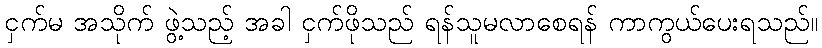
ငှက်မ အသိုက် ဖွဲ့သည့် အခါ ငှက်ဖိုသည် ရန်သူမလာစေရန် ကာကွယ်ပေးရသည်။